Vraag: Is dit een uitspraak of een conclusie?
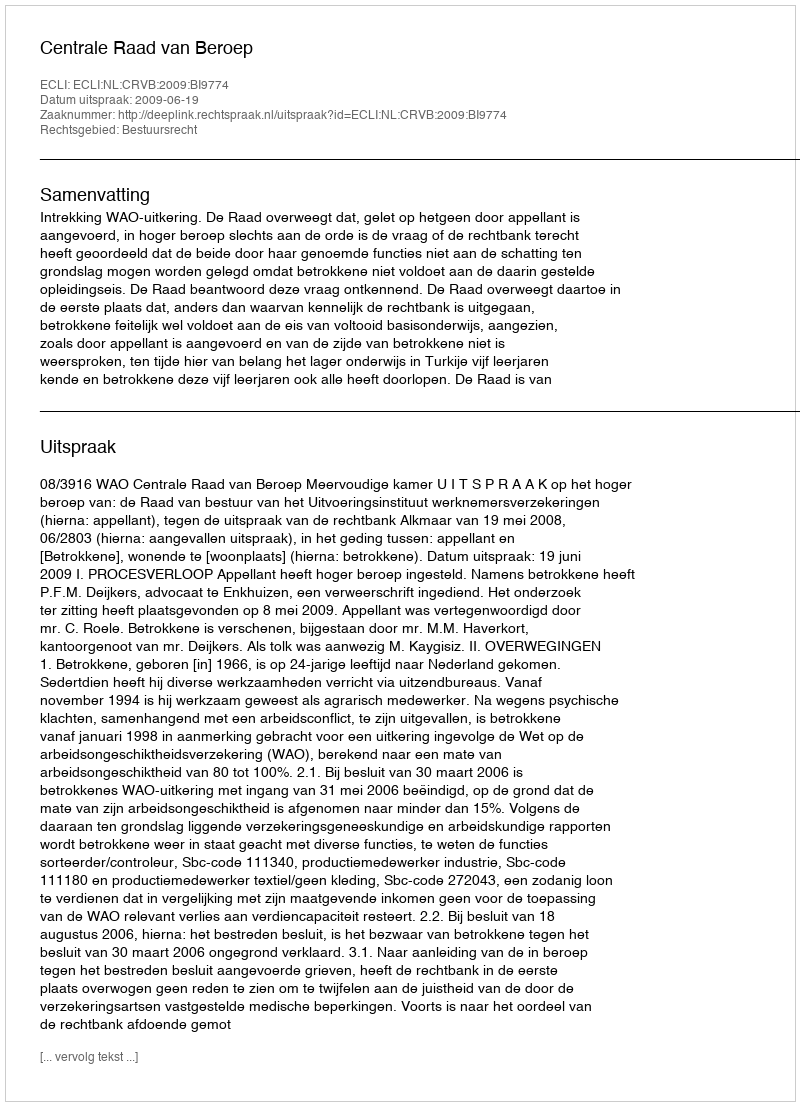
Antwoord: Uitspraak